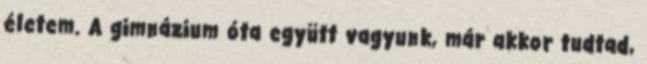
életem. A gimnázium óta együtt vagyunk, már akkor tudtad,